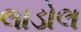
લાડોલ